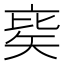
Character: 𥏉